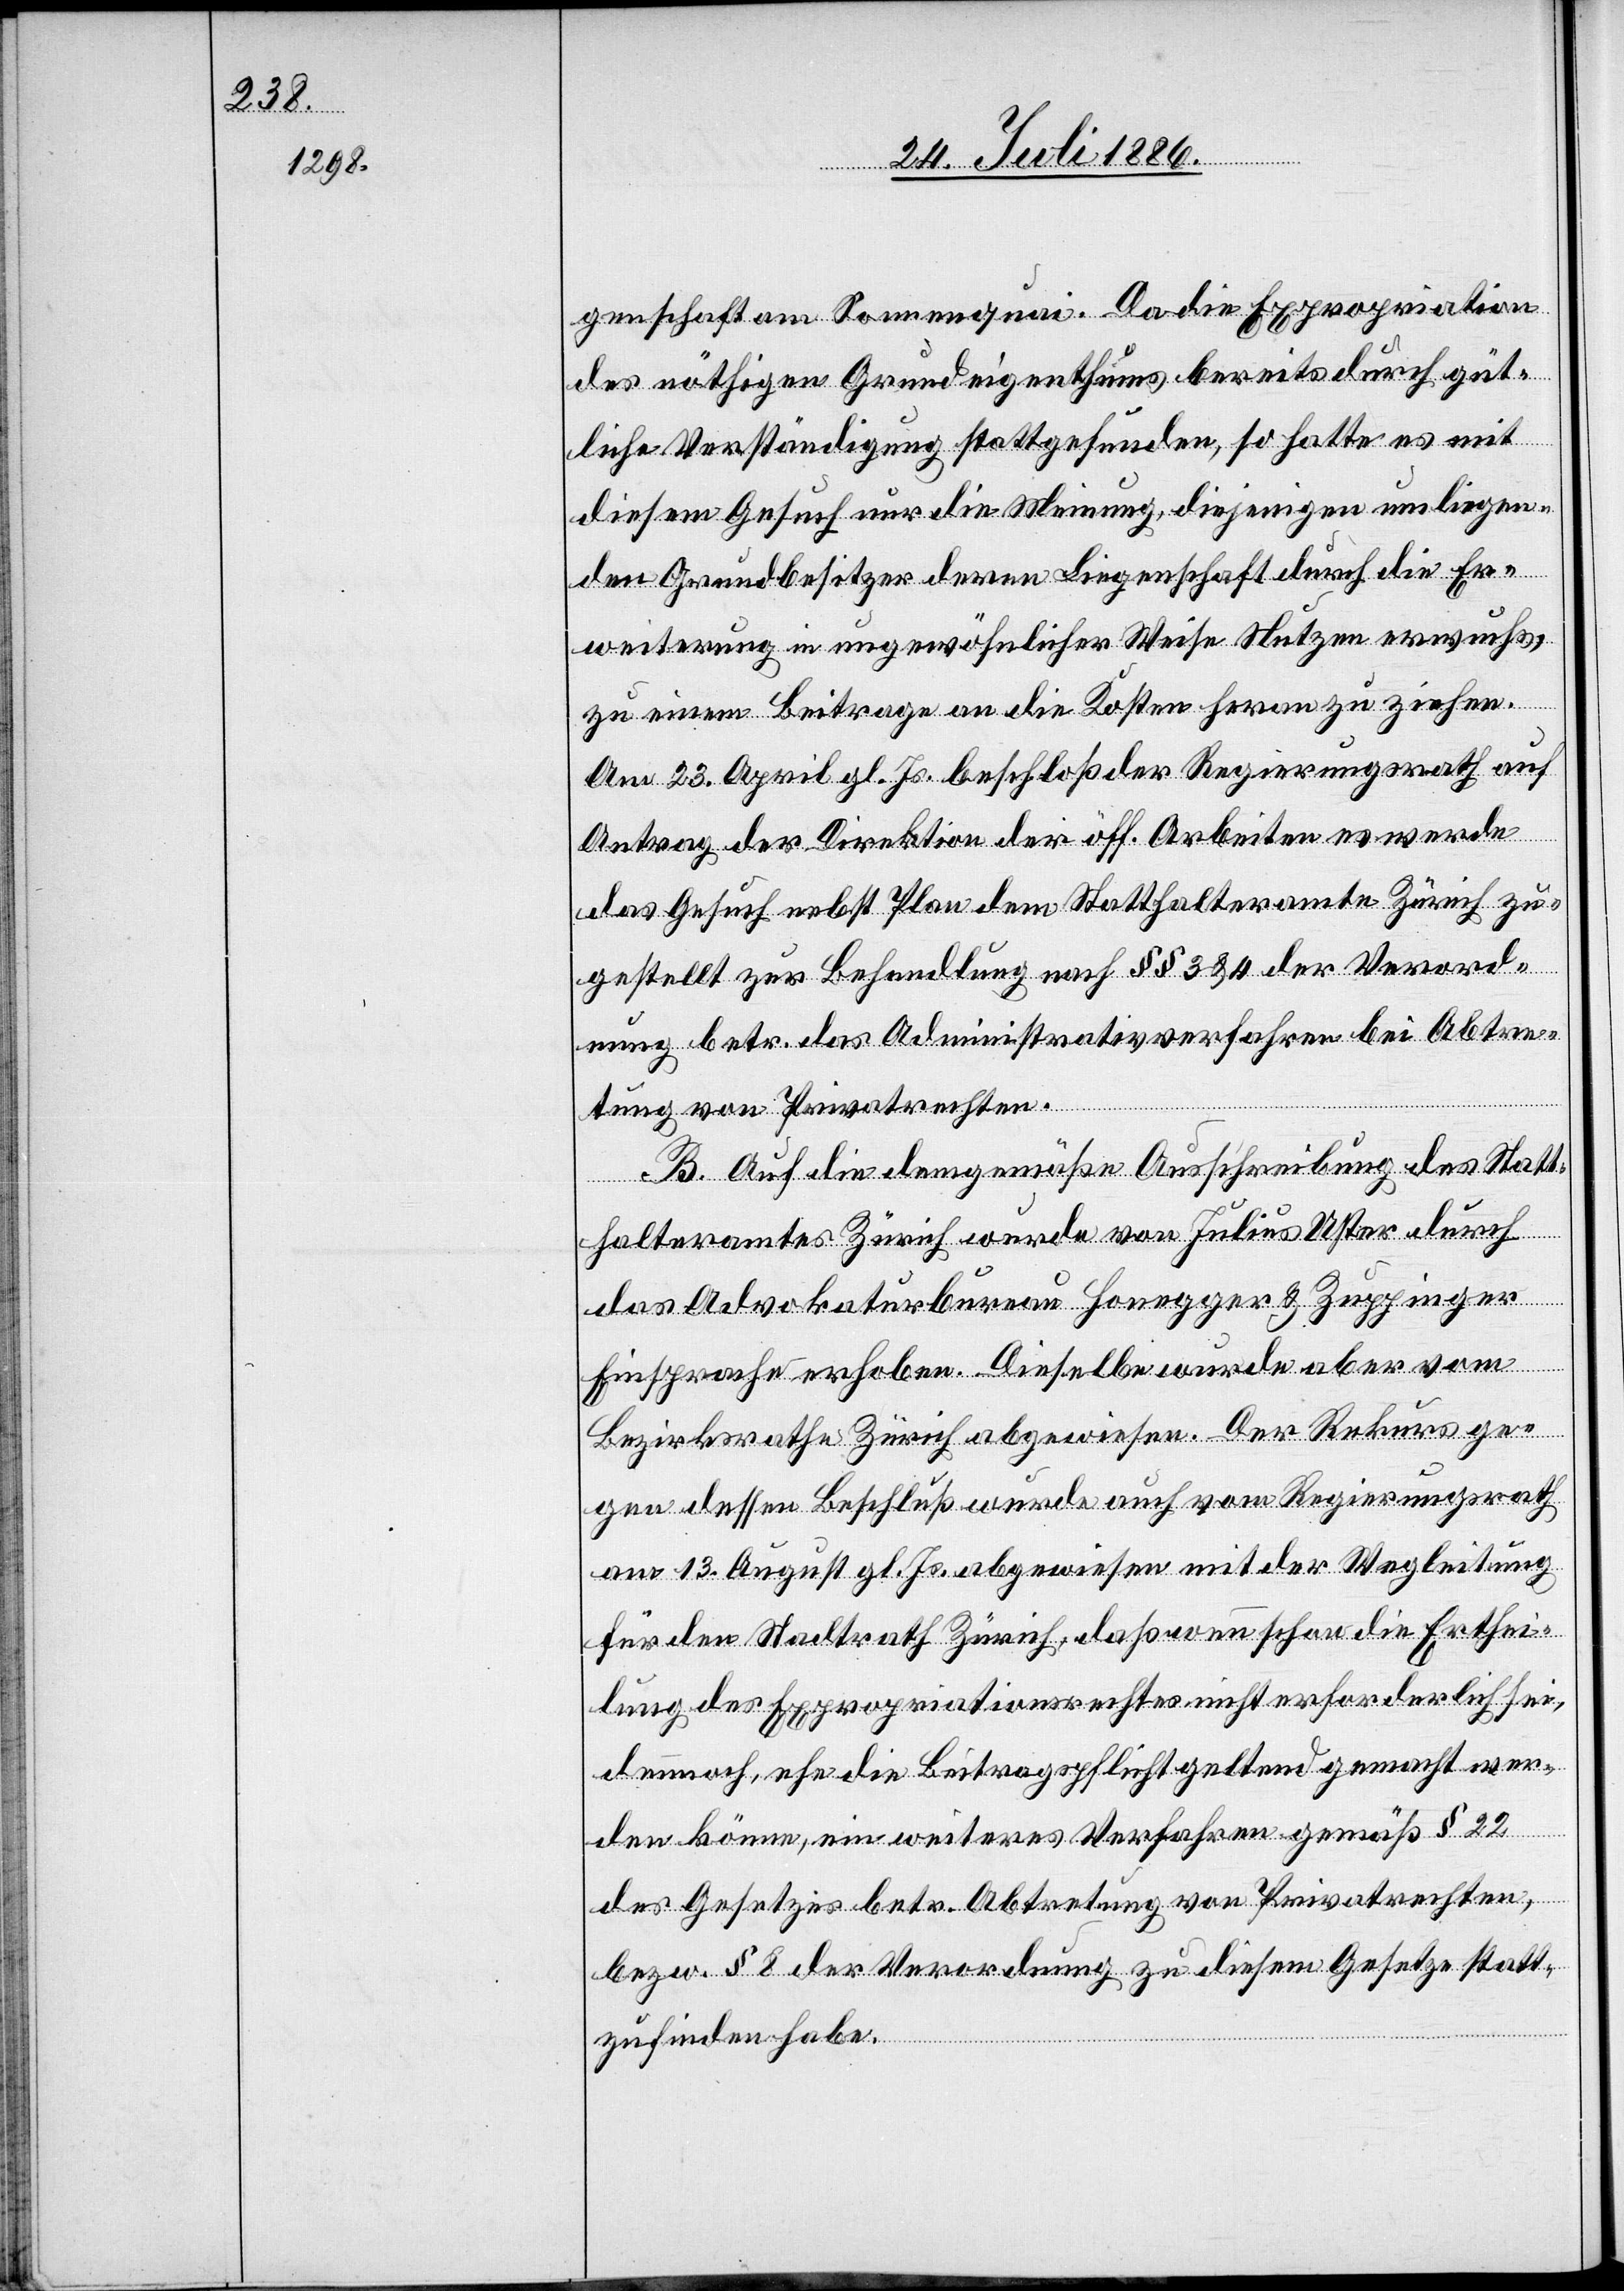
genschaft am Sonnenquai. Da die Expropriation
des nöthigen Grundeigenthums bereits durch güt¬
liche Verständigung stattgefunden, so hatte es mit
diesem Gesuch nur die Meinung, diejenigen umliegen¬
den Grundbesitzer deren Liegenschaft durch die Er¬
weiterung in ungewöhnlicher Weise Nutzen erwuchs,
zu einem Beitrage an die Kosten heran zu ziehen.
Am 23. April gl. Js. beschloß der Regierungsrath auf
Antrag der Direktion der öff. Arbeiten es werde
das Gesuch nebst Plan dem Statthalteramte Zürich zu¬
gestellt zur Behandlung nach §§ 3 & 4 der Verord¬
nung betr. das Administrativverfahren bei Abtre¬
tung von Privatrechten.
B. Auf die demgemäße Ausschreibung des Statt¬
halteramtes Zürich wurde von Julius Uster durch
das Advokaturbureau Honegger & Zuppinger
Einsprache erhoben. Dieselbe wurde aber vom
Bezirksrathe Zürich abgewiesen. Der Rekurs ge¬
gen dessen Beschluß wurde auch vom Regierungsrath
am 13. August gl. Js. abgewiesen mit der Wegleitung
für den Stadtrath Zürich, daß wenn schon die Erthei¬
lung des Expropriationsrechtes nicht erforderlich sei,
dennoch, ehe die Beitragspflicht geltend gemacht wer¬
den könne, ein weiteres Verfahren gemäß § 22
des Gesetzes betr. Abtretung von Privatrechten
bezw. § 8 der Verordnung zu diesem Gesetze statt¬
zufinden habe.